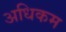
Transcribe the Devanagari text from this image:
अधिकम